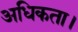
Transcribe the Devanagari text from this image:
अधिकता।